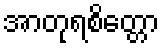
အာတုရစိတ္တော